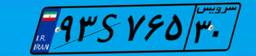
۹۶S۲۱۴۳۵